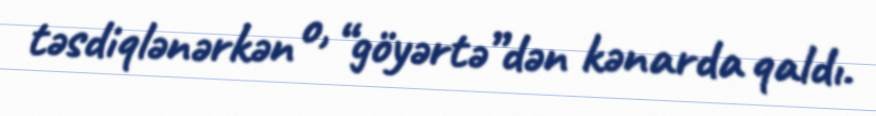
təsdiqlənərkən o, “göyərtə”dən kənarda qaldı.